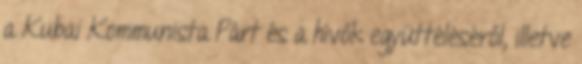
a Kubai Kommunista Párt és a hívők együttéléséről, illetve